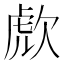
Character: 𣣍